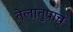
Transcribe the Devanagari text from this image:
तेलातुपाचे